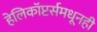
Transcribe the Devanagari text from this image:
हेलिकॉप्टर्समधूनही